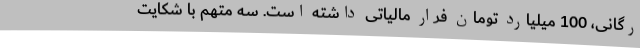
رگانی، 100 میلیارد تومان فرار مالیاتی داشته است. سه متهم با شکایت